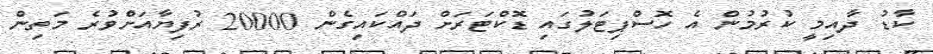
ކާޑު ދާއިމީ ކުރުމުން އެ ހޮސްޕިޓަލުގައި ޑޮކްޓަރަށް ދައްކައިގެން 20000 ރުފިޔާއަށްވުރެ މަތިން